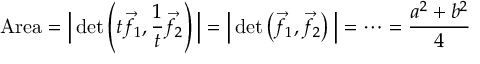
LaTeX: { \mathrm { A r e a } } = { \Big | } \operatorname* { d e t } \left( t { \vec { f } } _ { 1 } , { \frac { 1 } { t } } { \vec { f } } _ { 2 } \right) { \Big | } = { \Big | } \operatorname* { d e t } \left( { \vec { f } } _ { 1 } , { \vec { f } } _ { 2 } \right) { \Big | } = \cdots = { \frac { a ^ { 2 } + b ^ { 2 } } { 4 } }